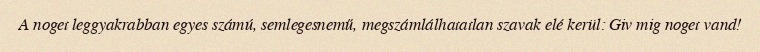
A noget leggyakrabban egyes számú, semlegesnemű, megszámlálhatatlan szavak elé kerül: Giv mig noget vand!